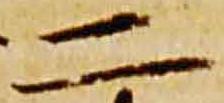
二